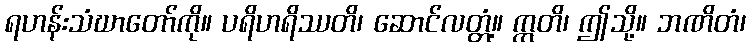
ရဟန်းသံဃာတော်ကို။ ပရိဟရိဿတိ၊ ဆောင်လတ္တံ့။ ဣတိ၊ ဤသို့။ ဘဏိတံ၊